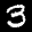
Digit: 3